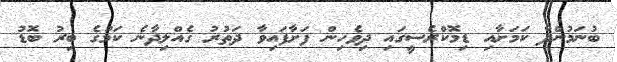
ބުނަމުންދާ ކަމަށާއި ޑިމޮކްރެސީގައި ދިވެހިން ފަށާފައިވާ ދަތުރު ގެއްލިދާނެ ކަމުގެ ބިރު ބޮޑު